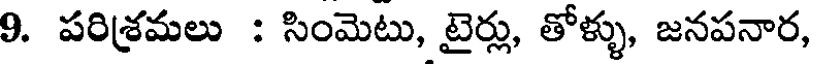
9. పరిశ్రమలు : సింమెటు, టైర్లు, తోళ్ళు, జనపనార,